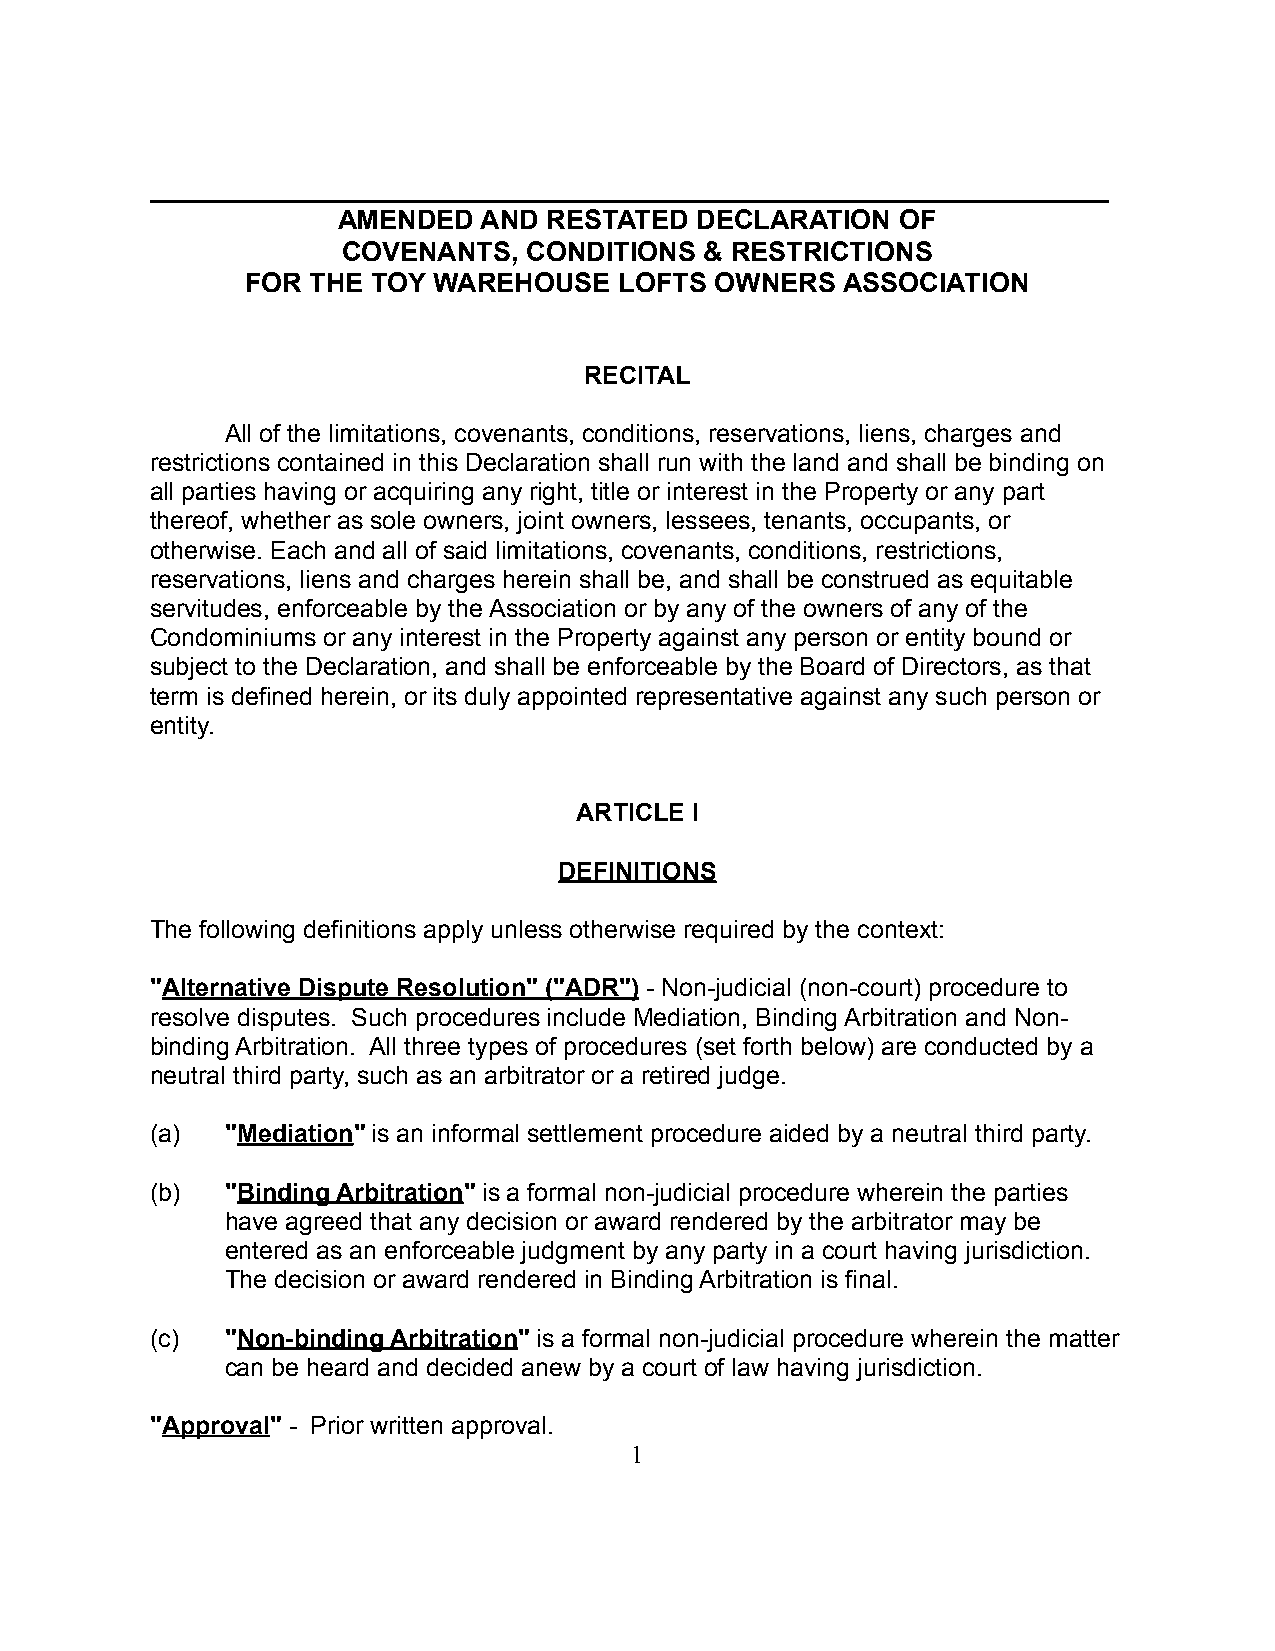
_____________________________________________________________________
 AMENDED   AND RESTATED  DECLARATION   OF
 COVENANTS,  CONDITIONS  & RESTRICTIONS
 FOR  THE TOY WAREHOUSE   LOFTS OWNERS   ASSOCIATION
 RECITAL
 All of the limitations, covenants, conditions, reservations, liens, charges and
 restrictions contained in this Declaration shall run with the land and shall be binding on
 all parties having or acquiring any right, title or interest in the Property or any part
 thereof, whether as sole owners, joint owners, lessees, tenants, occupants, or
 otherwise. Each and all of said limitations, covenants, conditions, restrictions,
 reservations, liens and charges herein shall be, and shall be construed as equitable
 servitudes, enforceable by the Association or by any of the owners of any of the
 Condominiums or any interest in the Property against any person or entity bound or
 subject to the Declaration, and shall be enforceable by the Board of Directors, as that
 term is defined herein, or its duly appointed representative against any such person or
 entity.
 ARTICLE I
 DEFINITIONS
 The following definitions apply unless otherwise required by the context:
 "Alternative Dispute Resolution" ("ADR") - Non-judicial (non-court) procedure to
 resolve disputes. Such procedures include Mediation, Binding Arbitration and Non-
 binding Arbitration. All three types of procedures (set forth below) are conducted by a
 neutral third party, such as an arbitrator or a retired judge.
 (a)  "Mediation" is an informal settlement procedure aided by a neutral third party.
 (b)  "Binding Arbitration" is a formal non-judicial procedure wherein the parties
 have agreed that any decision or award rendered by the arbitrator may be
 entered as an enforceable judgment by any party in a court having jurisdiction.
 The decision or award rendered in Binding Arbitration is final.
 (c)  "Non-binding Arbitration" is a formal non-judicial procedure wherein the matter
 can be heard and decided anew by a court of law having jurisdiction.
 "Approval" - Prior written approval.
 1